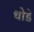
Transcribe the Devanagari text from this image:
थोडें